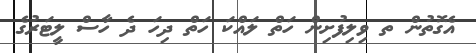
އެގޮތުން ތ ވިލިފުށިން ހަތް ލައްކަ ހަތް ދިހަ ދެ ހާސް ލީޓަރުގެ